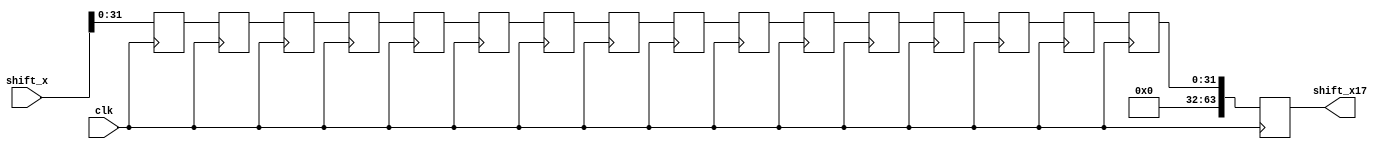
`timescale 1ns / 1ps
//////////////////////////////////////////////////////////////////////////////////
// Company: 
// Engineer: 
// 
// Design Name: 
// Module Name: Delay_FF
// Project Name: 
// Target Devices: 
// Tool Versions: 
// Description: 
// 
// Dependencies: 
// 
// Revision:
// Revision 0.01 - File Created
// Additional Comments:
// 
//////////////////////////////////////////////////////////////////////////////////


module DFFY(
input clk,
input [63:0] shift_x,
output reg [63:0] shift_x17
    );
    
     reg [31:0]  shift_x0,shift_x1,shift_x2,shift_x3,shift_x4,shift_x5,shift_x6,
     shift_x7,shift_x8,shift_x9,shift_x10,shift_x11,shift_x12,shift_x13,shift_x14,
     shift_x15,shift_x16;
   
   always@(shift_x)
   begin
   shift_x0 <= shift_x;
   end
   
     
    always@(posedge clk)
    begin
    shift_x1 <= shift_x0;
    shift_x2 <= shift_x1;
    shift_x3 <= shift_x2;
    shift_x4 <= shift_x3;
    shift_x5 <= shift_x4;
    shift_x6 <= shift_x5;
    shift_x7 <= shift_x6;
    shift_x8 <= shift_x7;
    shift_x9 <= shift_x8;
    shift_x10 <= shift_x9;
    shift_x11 <= shift_x10;
    shift_x12 <= shift_x11;
    shift_x13 <= shift_x12;
    shift_x14 <= shift_x13;
    shift_x15 <= shift_x14;
    shift_x16 <= shift_x15;
    shift_x17 <= shift_x16;
    end
endmodule